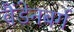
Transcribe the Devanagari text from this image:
वैंडेनबर्ग